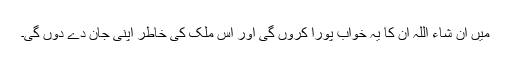
میں ان شاء اللہ ان کا یہ خواب پورا کروں گی اور اس ملک کی خاطر اپنی جان دے دوں گی۔